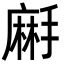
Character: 𪎚